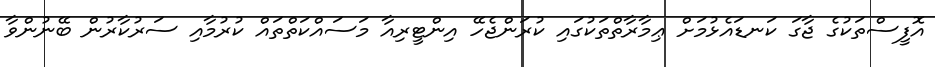
އޮފީސްތަކުގެ ޖާގަ ކަނޑައެޅުމަށް ޢިމާރާތްތަކުގައި ކުރަންޖެހޭ އިންޓީރިއާ މަސައްކަތްތައް ކުރުމާއި ސަރުކާރުން ބޭނުންވާ